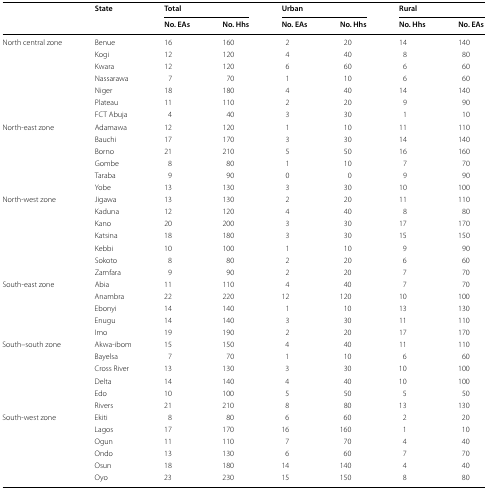
<table><thead><tr><td rowspan="2"></td><td rowspan="2"><b>State</b></td><td colspan="2"><b>Total</b></td><td colspan="2"><b>Urban</b></td><td colspan="2"><b>Rural</b></td></tr><tr><td><b>No. EAs</b></td><td><b>No. Hhs</b></td><td><b>No. EAs</b></td><td><b>No. Hhs</b></td><td><b>No. Hhs</b></td><td><b>No. EAs</b></td></tr></thead><tbody><tr><td rowspan="7">North central zone</td><td>Benue</td><td>16</td><td>160</td><td>2</td><td>20</td><td>14</td><td>140</td></tr><tr><td>Kogi</td><td>12</td><td>120</td><td>4</td><td>40</td><td>8</td><td>80</td></tr><tr><td>Kwara</td><td>12</td><td>120</td><td>6</td><td>60</td><td>6</td><td>60</td></tr><tr><td>Nassarawa</td><td>7</td><td>70</td><td>1</td><td>10</td><td>6</td><td>60</td></tr><tr><td>Niger</td><td>18</td><td>180</td><td>4</td><td>40</td><td>14</td><td>140</td></tr><tr><td>Plateau</td><td>11</td><td>110</td><td>2</td><td>20</td><td>9</td><td>90</td></tr><tr><td>FCT Abuja</td><td>4</td><td>40</td><td>3</td><td>30</td><td>1</td><td>10</td></tr><tr><td rowspan="6">North-east zone</td><td>Adamawa</td><td>12</td><td>120</td><td>1</td><td>10</td><td>11</td><td>110</td></tr><tr><td>Bauchi</td><td>17</td><td>170</td><td>3</td><td>30</td><td>14</td><td>140</td></tr><tr><td>Borno</td><td>21</td><td>210</td><td>5</td><td>50</td><td>16</td><td>160</td></tr><tr><td>Gombe</td><td>8</td><td>80</td><td>1</td><td>10</td><td>7</td><td>70</td></tr><tr><td>Taraba</td><td>9</td><td>90</td><td>0</td><td>0</td><td>9</td><td>90</td></tr><tr><td>Yobe</td><td>13</td><td>130</td><td>3</td><td>30</td><td>10</td><td>100</td></tr><tr><td rowspan="7">North-west zone</td><td>Jigawa</td><td>13</td><td>130</td><td>2</td><td>20</td><td>11</td><td>110</td></tr><tr><td>Kaduna</td><td>12</td><td>120</td><td>4</td><td>40</td><td>8</td><td>80</td></tr><tr><td>Kano</td><td>20</td><td>200</td><td>3</td><td>30</td><td>17</td><td>170</td></tr><tr><td>Katsina</td><td>18</td><td>180</td><td>3</td><td>30</td><td>15</td><td>150</td></tr><tr><td>Kebbi</td><td>10</td><td>100</td><td>1</td><td>10</td><td>9</td><td>90</td></tr><tr><td>Sokoto</td><td>8</td><td>80</td><td>2</td><td>20</td><td>6</td><td>60</td></tr><tr><td>Zamfara</td><td>9</td><td>90</td><td>2</td><td>20</td><td>7</td><td>70</td></tr><tr><td rowspan="5">South-east zone</td><td>Abia</td><td>11</td><td>110</td><td>4</td><td>40</td><td>7</td><td>70</td></tr><tr><td>Anambra</td><td>22</td><td>220</td><td>12</td><td>120</td><td>10</td><td>100</td></tr><tr><td>Ebonyi</td><td>14</td><td>140</td><td>1</td><td>10</td><td>13</td><td>130</td></tr><tr><td>Enugu</td><td>14</td><td>140</td><td>3</td><td>30</td><td>11</td><td>110</td></tr><tr><td>Imo</td><td>19</td><td>190</td><td>2</td><td>20</td><td>17</td><td>170</td></tr><tr><td rowspan="6">South–south zone</td><td>Akwa-ibom</td><td>15</td><td>150</td><td>4</td><td>40</td><td>11</td><td>110</td></tr><tr><td>Bayelsa</td><td>7</td><td>70</td><td>1</td><td>10</td><td>6</td><td>60</td></tr><tr><td>Cross River</td><td>13</td><td>130</td><td>3</td><td>30</td><td>10</td><td>100</td></tr><tr><td>Delta</td><td>14</td><td>140</td><td>4</td><td>40</td><td>10</td><td>100</td></tr><tr><td>Edo</td><td>10</td><td>100</td><td>5</td><td>50</td><td>5</td><td>50</td></tr><tr><td>Rivers</td><td>21</td><td>210</td><td>8</td><td>80</td><td>13</td><td>130</td></tr><tr><td rowspan="6">South-west zone</td><td>Ekiti</td><td>8</td><td>80</td><td>6</td><td>60</td><td>2</td><td>20</td></tr><tr><td>Lagos</td><td>17</td><td>170</td><td>16</td><td>160</td><td>1</td><td>10</td></tr><tr><td>Ogun</td><td>11</td><td>110</td><td>7</td><td>70</td><td>4</td><td>40</td></tr><tr><td>Ondo</td><td>13</td><td>130</td><td>6</td><td>60</td><td>7</td><td>70</td></tr><tr><td>Osun</td><td>18</td><td>180</td><td>14</td><td>140</td><td>4</td><td>40</td></tr><tr><td>Oyo</td><td>23</td><td>230</td><td>15</td><td>150</td><td>8</td><td>80</td></tr></tbody></table>